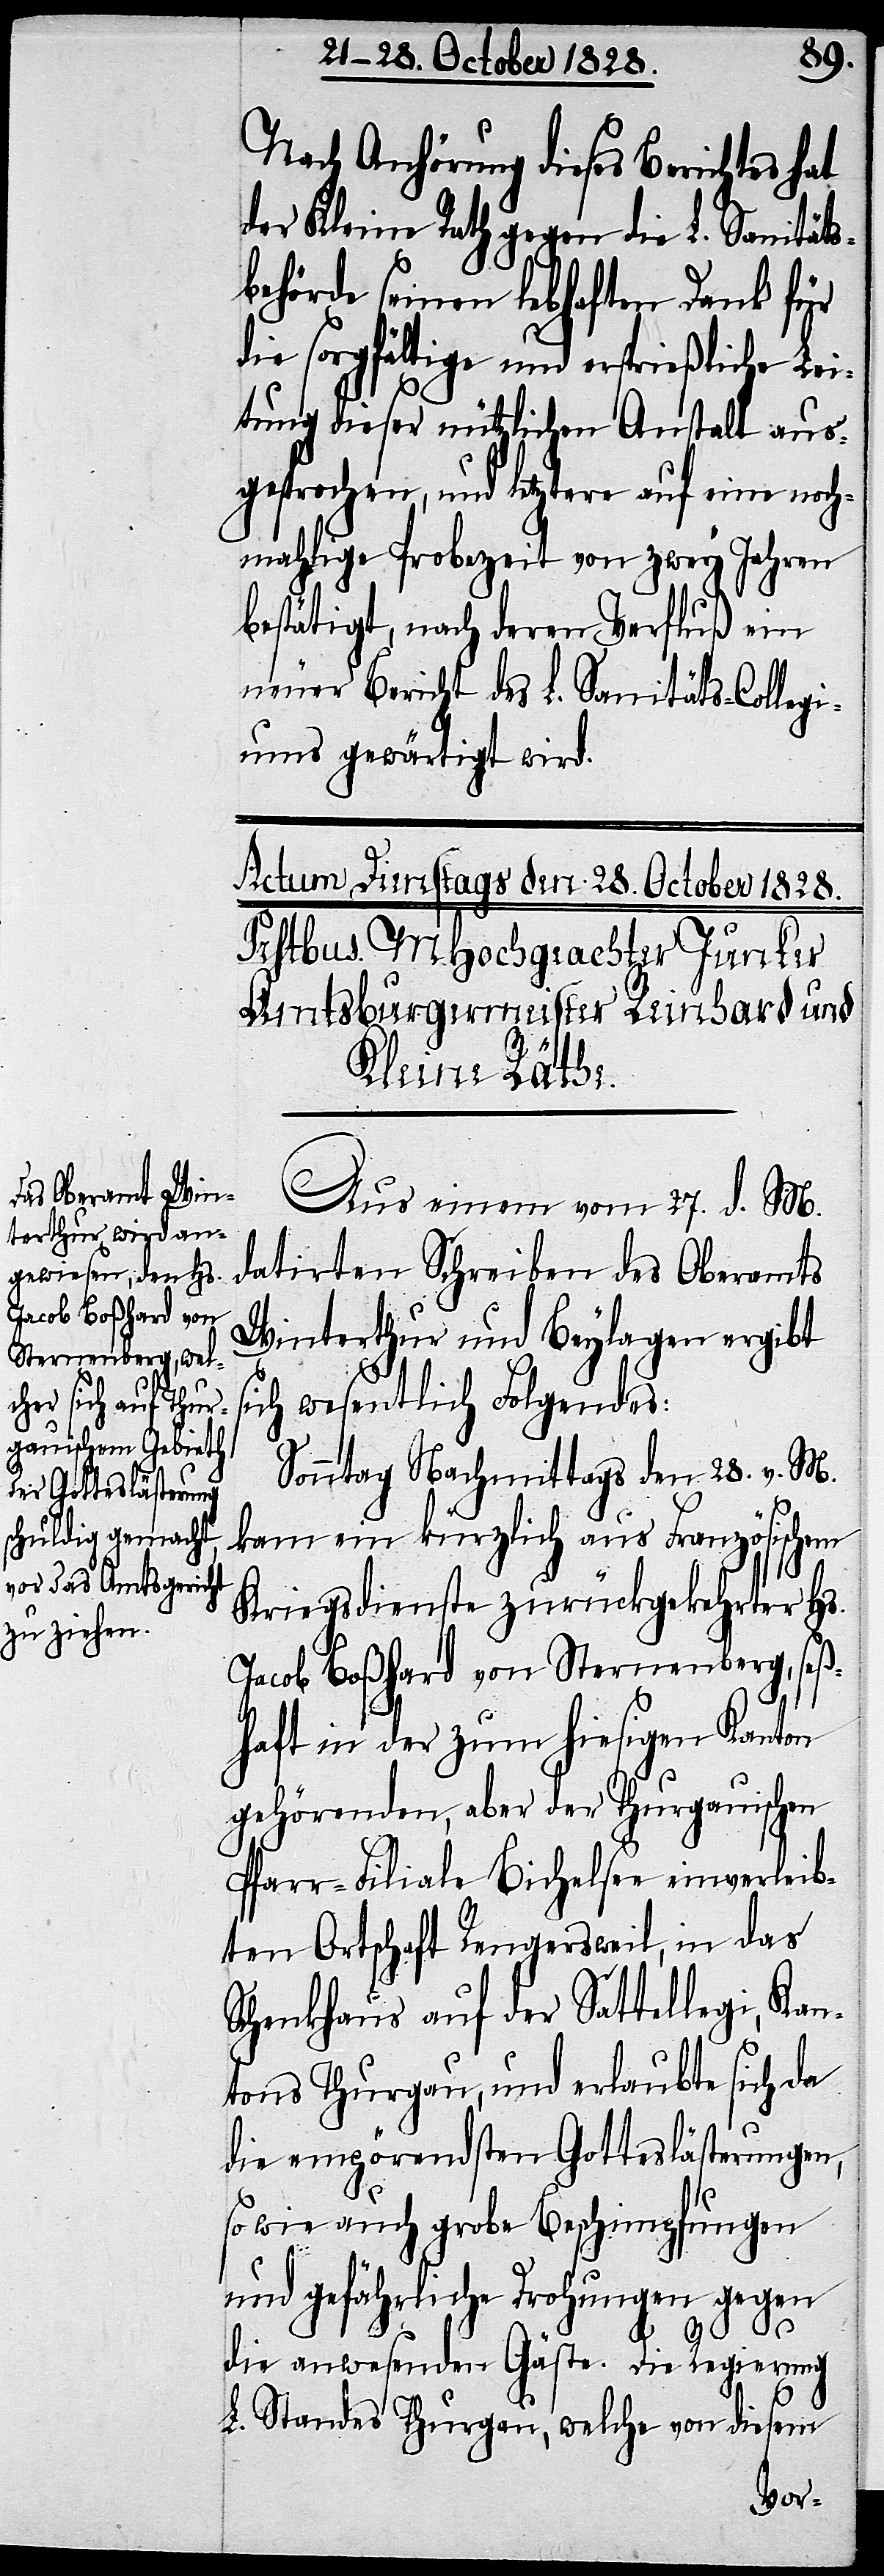
Nach Anhörung dieses Berichtes hat
der Kleine Rath gegen die L. Sanitäts¬
behörde seinen lebhaften Dank für
die sorgfältige und ersprießliche Lei¬
stung dieser nützlichen Anstalt aus¬
gesprochen, und letztere auf eine noch¬
mahlige Probezeit von zwey Jahren
bestätigt, nach deren Verfluß ein
neuer Bericht des L. Sanitäts-Collegi¬
ums gewärtigt wird.
Aus einem vom 27. v. M.
datirten Schreiben des Oberamts
Winterthur und Beylagen ergibt
sich wesentlich Folgendes:
Sonntag Nachmittags den 28. v. M.
kam ein kürzlich aus Französischem
Kriegsdienste zurückgekehrter Hs.
Jacob Boßhard von Sternenberg, seß¬
haft in der zum hiesigen Kanton
gehörenden, aber der Thurgauischen
Pfarr-Filiale Bichelsen einverleib¬
ten Ortschaft Rengersweil, in das
Schenkhaus auf der Sattellegi, Kan¬
tons Thurgau, und erlaubte sich da
die empörendsten Gotteslästerungen,
so wie auch grobe Beschimpfungen
und gefährliche Drohungen gegen
die anwesenden Gäste. Die Regierung
L. Standes Thurgau, welche von diesem